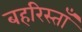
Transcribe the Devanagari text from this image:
बहरिस्ताँ